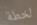
لخطة